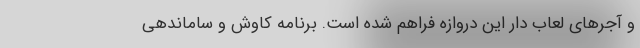
و آجرهای لعاب دار این دروازه فراهم شده است. برنامه کاوش و ساماندهی